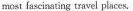
most fascinating travel piaces.